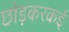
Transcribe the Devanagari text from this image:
छोड़करकई